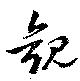
観